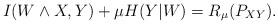
LaTeX: \begin{align*}I(W \wedge X,Y) + \mu H(Y|W) = R_\mu(P_{XY}).\end{align*}